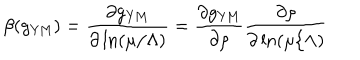
LaTeX: \beta ( g _ { \mathrm { Y M } } ) = \frac { \partial g _ { \mathrm { Y M } } } { \partial \ln ( \mu / \Lambda ) } = \frac { \partial g _ { \mathrm { Y M } } } { \partial \rho } \frac { \partial \rho } { \partial \ln ( \mu / \Lambda ) }